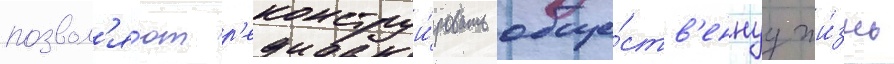
позвол'я́ют р'еконструи́ровать обще́ств'еннуу жи́знь